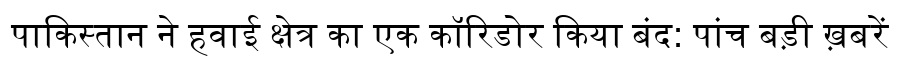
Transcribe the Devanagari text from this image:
पाकिस्तान ने हवाई क्षेत्र का एक कॉरिडोर किया बंद: पांच बड़ी ख़बरें